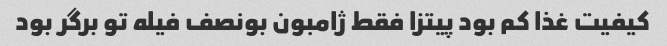
کیفیت غذا کم بود پیتزا فقط ژامبون بونصف فیله تو برگر بود